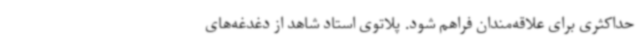
حداکثری برای علاقه‌مندان فراهم شود. پلاتوی استاد شاهد از دغدغه‌های